Report of an investigation into the causes of the diseases known in Assam as Kála-Azár and Beri-Beri
Disease focus: Beri-Beri
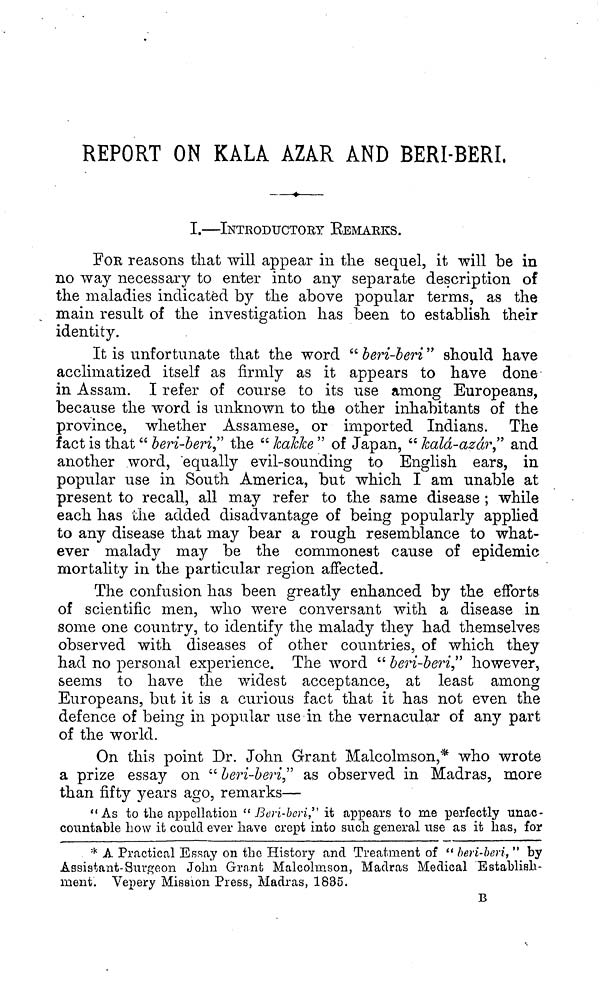
REPORT ON KALA AZAR AND BERI-BERI.
I.—INTRODUCTORY EEMARKS.
FOR reasons that will appear in the sequel, it will be in
no way necessary to enter into any separate description of
the maladies indicated by the above popular terms, as the
main result of the investigation has been to establish their
identity.
It is unfortunate that the word "beri-beri" should have
acclimatized itself as firmly as it appears to have done
in Assam. I refer of course to its use among Europeans,
because the word is unknown to the other inhabitants of the
province, whether Assamese, or imported Indians. The
fact is that " beri-beri" the " JcaJcke " of Japan, " kalà-azàr" and
another word, equally evil-sounding to English ears, in
popular use in South America, but which I am unable at
present to recall, all may refer to the same disease ; while
each has the added disadvantage of being popularly applied
to any disease that may bear a rough resemblance to what-
ever malady may be the commonest cause of epidemic
mortality in the particular region affected.
The confusion has been greatly enhanced by the efforts
of scientific men, who were conversant with a disease in
some one country, to identify the malady they had themselves
observed with diseases of other countries, of which they
had no personal experience. The word " beri-beri" however,
seems to have the widest acceptance, at least among
Europeans, but it is a curious fact that it has not even the
defence of being in popular use in the vernacular of any part
of the world.
On this point Dr. John Grant Malcolmson,* who wrote
a prize essay on " beri-beri" as observed in Madras, more
than fifty years ago, remarks—
"As to the appellation " Beri-beri" it appears to me perfectly unac-
countable how it could ever have crept into such general use as it has, for
* A Practical Essay on the History and Treatment of " beri-beri," by
Assistant-Surgeon John Grant Malcolmson, Madras Medical Establish-
ment. Vepery Mission Press, Madras, 1835.
Β